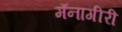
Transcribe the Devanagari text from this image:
मॅनागीरी